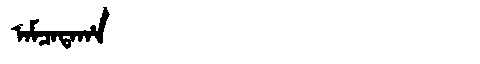
Manchu: ᠠᠮᠴᠠᡨᠠᡥᠠ
Romanization: AMCATAHA